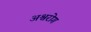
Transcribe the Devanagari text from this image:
अश्वरोग